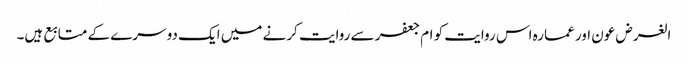
الغرض عون اور عمارہ اس روایت کو ام جعفر سے روایت کرنے میں ایک دوسرے کے متابع ہیں۔